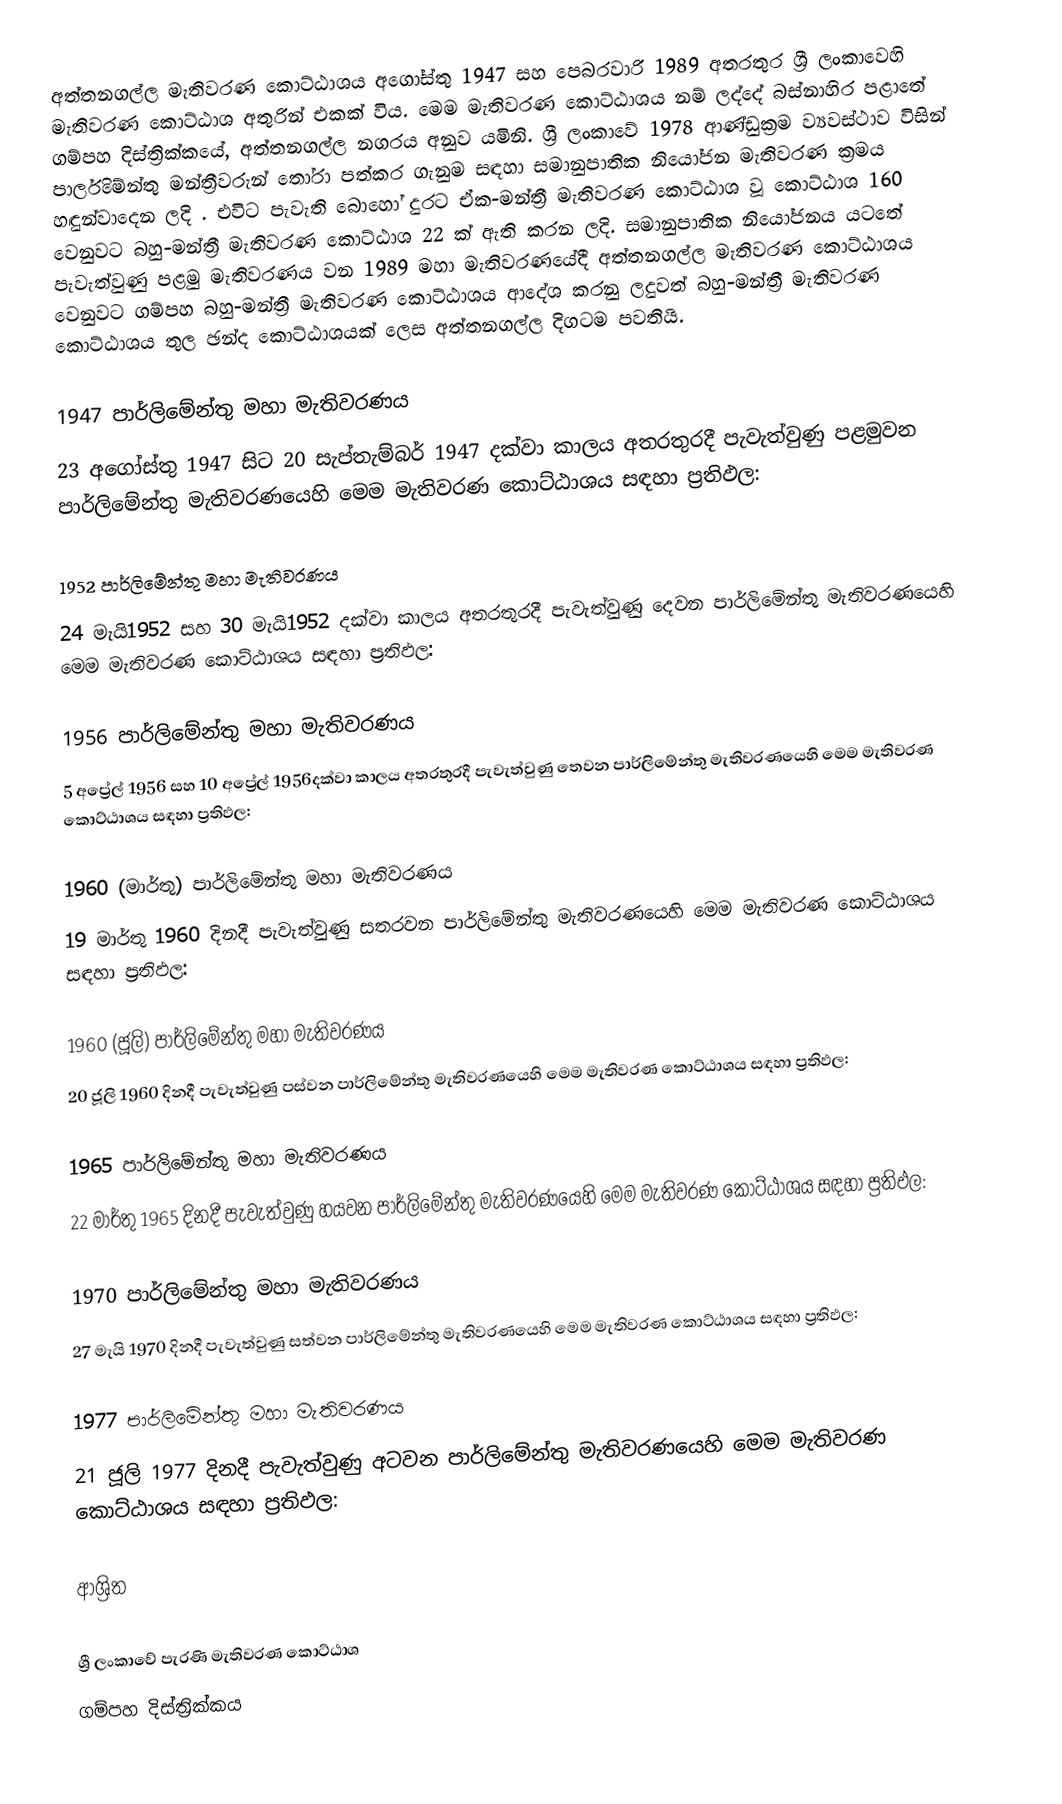
අත්තනගල්ල මැතිවරණ කොට්ඨාශය  අගෝස්තු 1947 සහ පෙබරවාරි 1989 අතරතුර  ශ්‍රී ලංකාවෙහි  මැතිවරණ කොට්ඨාශ අතුරින් එකක් විය. මෙම මැතිවරණ කොට්ඨාශය නම් ලද්දේ බස්නාහිර පළාතේ ගම්පහ දිස්ත්‍රික්කයේ,  අත්තනගල්ල නගරය අනුව යමිනි. ශ්‍රී ලංකාවේ 1978 ආණ්ඩුක්‍රම ව්‍යවස්ථාව විසින්   පාර්ලිමේන්තු මන්ත්‍රීවරුන් තෝරා පත්කර ගැනුම සඳහා සමානුපාතික නියෝජන මැතිවරණ ක්‍රමය හඳුන්වාදෙන ලදි . එවිට පැවැති බොහෝ දුරට  ඒක-මන්ත්‍රී මැතිවරණ කොට්ඨාශ වූ කොට්ඨාශ 160 වෙනුවට බහු-මන්ත්‍රී මැතිවරණ කොට්ඨාශ 22 ක් ඇති කරන ලදි. සමානුපාතික නියෝජනය යටතේ  පැවැත්වුණු පළමු මැතිවරණය වන 1989 මහා මැතිවරණයේදී  අත්තනගල්ල මැතිවරණ කොට්ඨාශය වෙනුවට ගම්පහ බහු-මන්ත්‍රී මැතිවරණ කොට්ඨාශය  ආදේශ කරනු ලදුවත් බහු-මන්ත්‍රී මැතිවරණ කොට්ඨාශය තුල ඡන්ද කොට්ඨාශයක් ලෙස අත්තනගල්ල දිගටම පවතියි.

1947 පාර්ලිමේන්තු මහා මැතිවරණය
23 අගෝස්තු 1947 සිට 20 සැප්තැම්බර් 1947 දක්වා කාලය අතරතුරදී  පැවැත්වුණු  පළමුවන පාර්ලිමේන්තු මැතිවරණයෙහි මෙම මැතිවරණ කොට්ඨාශය සඳහා ප්‍රතිඵල:

1952 පාර්ලිමේන්තු මහා මැතිවරණය
24 මැයි1952 සහ 30 මැයි1952 දක්වා කාලය අතරතුරදී  පැවැත්වුණු  දෙවන පාර්ලිමේන්තු මැතිවරණයෙහි මෙම මැතිවරණ කොට්ඨාශය සඳහා ප්‍රතිඵල:

1956 පාර්ලිමේන්තු මහා මැතිවරණය
5 අප්‍රේල් 1956 සහ 10 අප්‍රේල් 1956දක්වා කාලය අතරතුරදී  පැවැත්වුණු  තෙවන පාර්ලිමේන්තු මැතිවරණයෙහි මෙම මැතිවරණ කොට්ඨාශය සඳහා ප්‍රතිඵල:

1960 (මාර්තු) පාර්ලිමේන්තු මහා මැතිවරණය
19 මාර්තු 1960 දිනදී  පැවැත්වුණු  සතරවන පාර්ලිමේන්තු මැතිවරණයෙහි මෙම මැතිවරණ කොට්ඨාශය සඳහා ප්‍රතිඵල:

1960 (ජූලි) පාර්ලිමේන්තු මහා මැතිවරණය
20 ජූලි 1960 දිනදී  පැවැත්වුණු  පස්වන පාර්ලිමේන්තු මැතිවරණයෙහි මෙම මැතිවරණ කොට්ඨාශය සඳහා ප්‍රතිඵල:

1965 පාර්ලිමේන්තු මහා මැතිවරණය
22 මාර්තු 1965  දිනදී  පැවැත්වුණු  හයවන පාර්ලිමේන්තු මැතිවරණයෙහි මෙම මැතිවරණ කොට්ඨාශය සඳහා ප්‍රතිඵල:

1970 පාර්ලිමේන්තු මහා මැතිවරණය
27 මැයි 1970 දිනදී  පැවැත්වුණු  සත්වන පාර්ලිමේන්තු මැතිවරණයෙහි මෙම මැතිවරණ කොට්ඨාශය සඳහා ප්‍රතිඵල:

1977 පාර්ලිමේන්තු මහා මැතිවරණය
21 ජූලි 1977 දිනදී  පැවැත්වුණු  අටවන පාර්ලිමේන්තු මැතිවරණයෙහි මෙම මැතිවරණ කොට්ඨාශය සඳහා ප්‍රතිඵල:

ආශ්‍රිත

ශ්‍රී ලංකාවේ පැරණි මැතිවරණ කොට්ඨාශ
ගම්පහ දිස්ත්‍රික්කය